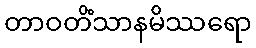
တာဝတိံသာနမိဿရော